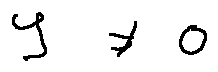
y \neq 0